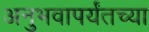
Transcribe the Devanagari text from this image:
अनुभवापर्यंतच्या